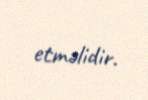
etməlidir.